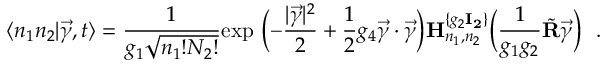
\langle n _ { 1 } n _ { 2 } | \vec { \gamma } , t \rangle = { \frac { 1 } { g _ { 1 } \sqrt { n _ { 1 } ! N _ { 2 } ! } } } \mathrm { e x p } \ \biggl ( - { \frac { | \vec { \gamma } | ^ { 2 } } { 2 } } + { \frac { 1 } { 2 } } g _ { 4 } \vec { \gamma } \cdot \vec { \gamma } \biggr ) { \bf H } _ { n _ { 1 } , n _ { 2 } } ^ { \{ g _ { 2 } { \bf I _ { 2 } } \} } \biggl ( { \frac { 1 } { g _ { 1 } g _ { 2 } } } \tilde { \bf R } \vec { \gamma } \biggr ) \ \ .